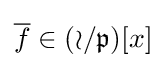
{\overline {f}}\in ({\mathcal {o}}/{\mathfrak {p}})[x]